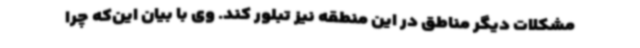
مشکلات دیگر مناطق در این منطقه نیز تبلور کند. وی با بیان این‌که چرا